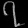
Digit: ၇